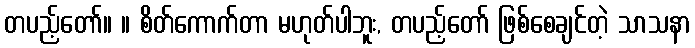
တပည့်တော်။ ။ စိတ်ကောက်တာ မဟုတ်ပါဘူး, တပည့်တော် ဖြစ်စေချင်တဲ့ သာသနာ